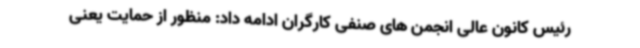
رئیس کانون عالی انجمن های صنفی کارگران ادامه داد: منظور از حمایت یعنی